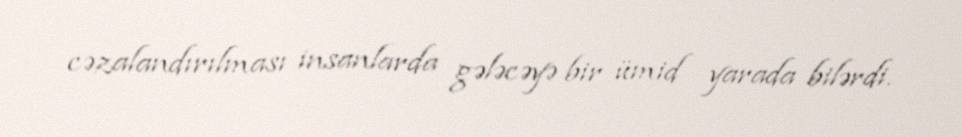
cəzalandırılması insanlarda gələcəyə bir ümid yarada bilərdi.